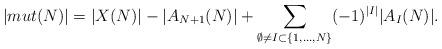
LaTeX: \begin{align*}|mut(N)|=|X(N)|-|A_{N+1}(N)|+\sum_{\emptyset\neq I\subset\{1,\hdots,N\}}(-1)^{|I|}|A_I(N)|.\end{align*}